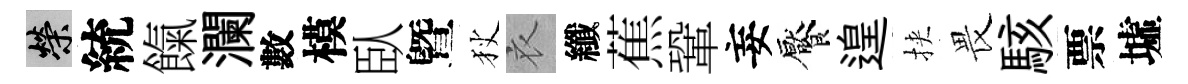
榮統餼瀾數模臥曁狄衣纖蕉鞏妄饜遑挾畏駭票墟